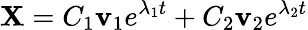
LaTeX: \mathbf{X}=C_{1}\mathbf{v}_{1}e^{\lambda_{1}t}+C_{2}\mathbf{v}_{2}e^{\lambda_{2}t}